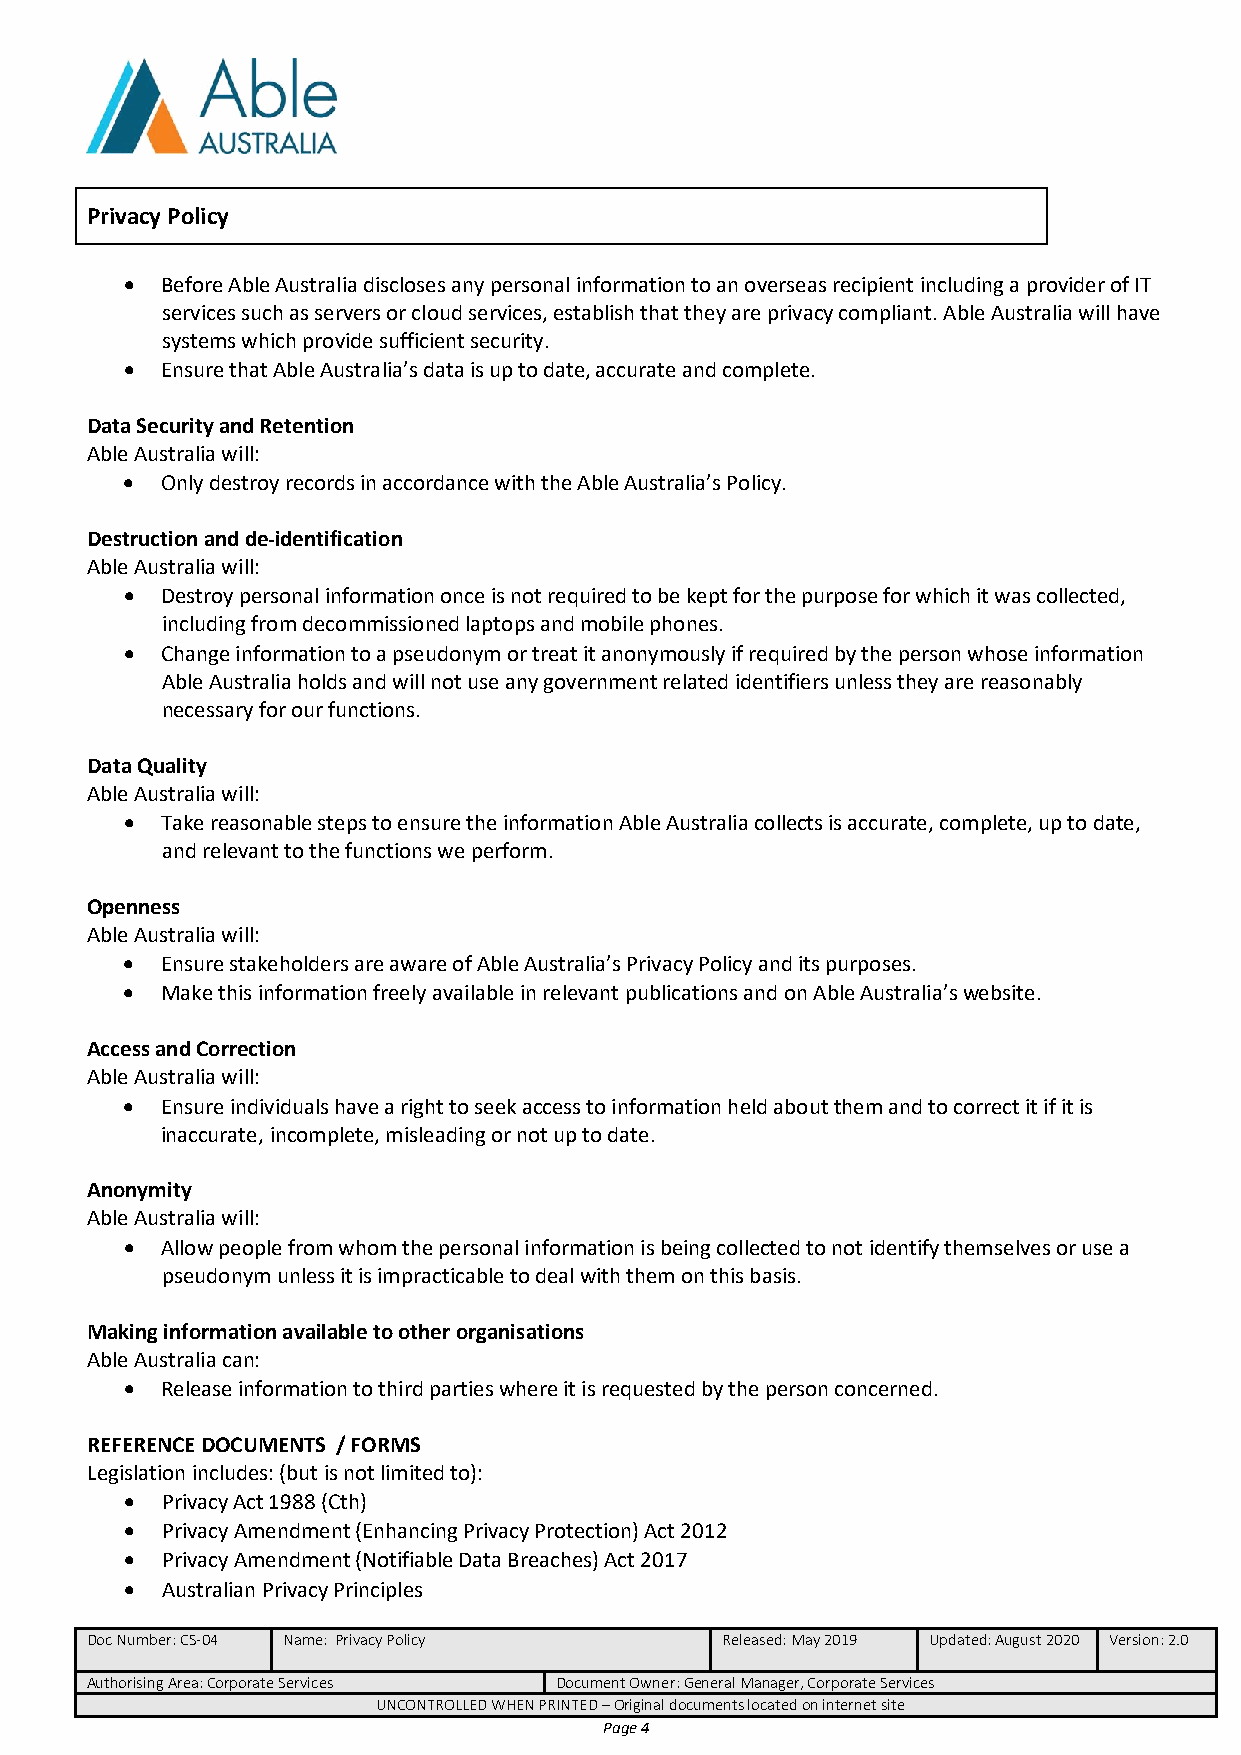
Privacy Policy
   Before Able Australia discloses any personal information to an overseas recipient including a provider of IT
 services such as servers or cloud services, establish that they are privacy compliant. Able Australia will have
 systems which provide sufficient security.
   Ensure that Able Australia’s data is up to date, accurate and complete.
 Data Security and Retention
 Able Australia will:
   Only destroy records in accordance with the Able Australia’s Policy.
 Destruction and de-identification
 Able Australia will:
   Destroy personal information once is not required to be kept for the purpose for which it was collected,
 including from decommissioned laptops and mobile phones.
   Change information to a pseudonym or treat it anonymously if required by the person whose information
 Able Australia holds and will not use any government related identifiers unless they are reasonably
 necessary for our functions.
 Data Quality
 Able Australia will:
   Take reasonable steps to ensure the information Able Australia collects is accurate, complete, up to date,
 and relevant to the functions we perform.
 Openness
 Able Australia will:
   Ensure stakeholders are aware of Able Australia’s Privacy Policy and its purposes.
   Make this information freely available in relevant publications and on Able Australia’s website.
 Access and Correction
 Able Australia will:
   Ensure individuals have a right to seek access to information held about them and to correct it if it is
 inaccurate, incomplete, misleading or not up to date.
 Anonymity
 Able Australia will:
   Allow people from whom the personal information is being collected to not identify themselves or use a
 pseudonym unless it is impracticable to deal with them on this basis.
 Making information available to other organisations
 Able Australia can:
   Release information to third parties where it is requested by the person concerned.
 REFERENCE DOCUMENTS / FORMS
 Legislation includes: (but is not limited to):
   Privacy Act 1988 (Cth)
   Privacy Amendment (Enhancing Privacy Protection) Act 2012
   Privacy Amendment (Notifiable Data Breaches) Act 2017
   Australian Privacy Principles
 Doc Number: CS-04 Name: Privacy Policy    Released: May 2019 Updated: August 2020 Version: 2.0
 Authorising Area: Corporate Services Document Owner: General Manager, Corporate Services
 UNCONTROLLED WHEN PRINTED – Original documents located on internet site
 Page 4